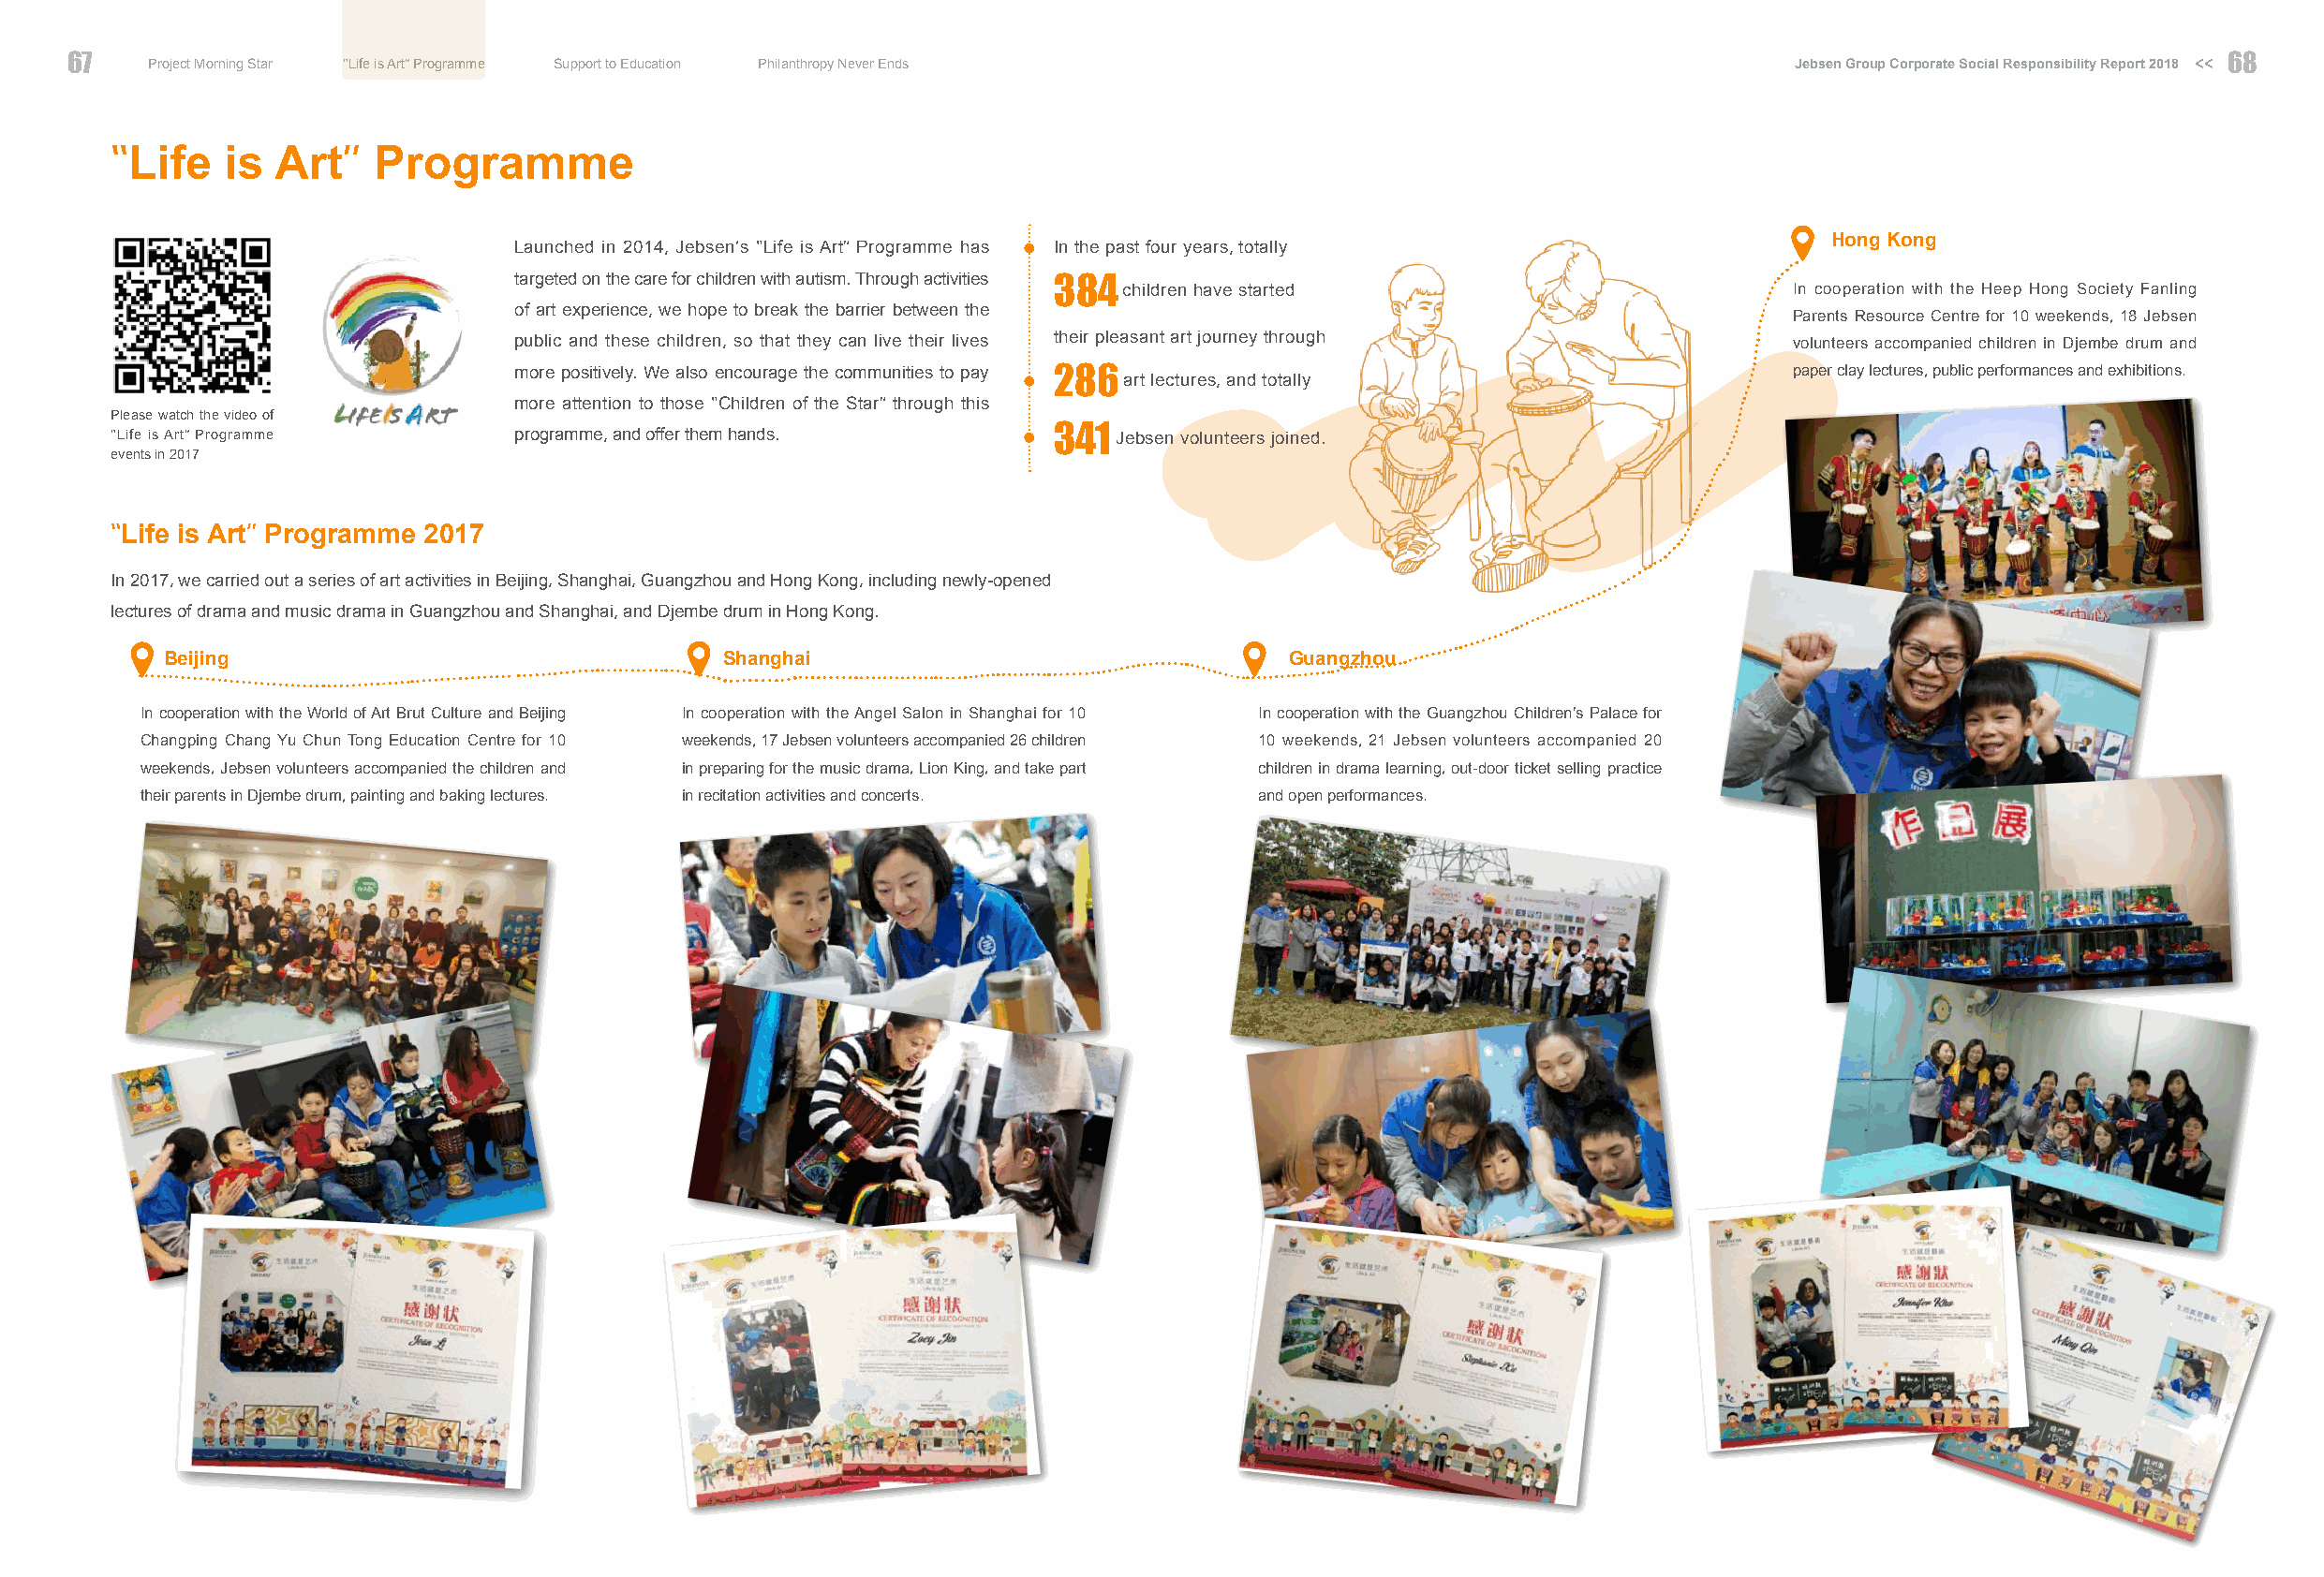
67   Project Morning Star “Life is Art” Programme Support to Education Philanthropy Never Ends                            Jebsen Group Corporate Social Responsibility Report 2018 << 6688
 “               ”
 Life   is Art    Programme
 Launched in 2014, Jebsen’s “Life is Art” Programme has In the past four years, totally       Hong Kong
 targeted on the care for children with autism. Through activities
 384  children have started                           In cooperation with the Heep Hong Society Fanling
 of art experience, we hope to break the barrier between the                                Parents Resource Centre for 10 weekends, 18 Jebsen
 public and these children, so that they can live their lives their pleasant art journey through volunteers accompanied children in Djembe drum and
 more positively. We also encourage the communities to pay 286 art lectures, and totally    paper clay lectures, public performances and exhibitions.
 more attention to those “Children of the Star” through this
 Please watch the video of
 “Life is Art” Programme     programme, and offer them hands.      341  Jebsen volunteers joined.
 events in 2017
 “Life is Art” Programme 2017
 In 2017, we carried out a series of art activities in Beijing, Shanghai, Guangzhou and Hong Kong, including newly-opened
 lectures of drama and music drama in Guangzhou and Shanghai, and Djembe drum in Hong Kong.
 Beijing                                Shanghai                                Guangzhou
 In cooperation with the World of Art Brut Culture and Beijing In cooperation with the Angel Salon in Shanghai for 10 In cooperation with the Guangzhou Children’s Palace for
 Changping Chang Yu Chun Tong Education Centre for 10 weekends, 17 Jebsen volunteers accompanied 26 children 10 weekends, 21 Jebsen volunteers accompanied 20
 weekends, Jebsen volunteers accompanied the children and in preparing for the music drama, Lion King, and take part children in drama learning, out-door ticket selling practice
 their parents in Djembe drum, painting and baking lectures. in recitation activities and concerts. and open performances.